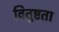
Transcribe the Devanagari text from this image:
वितुष्टता